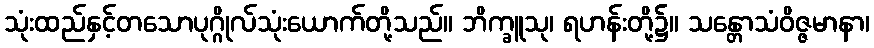
သုံးထည်နှင့်တသောပုဂ္ဂိုလ်သုံးယောက်တို့သည်။ ဘိက္ခူသု၊ ရဟန်းတို့၌။ သန္တောသံဝိဇ္ဇမာနာ၊